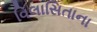
વિલાસિતાના